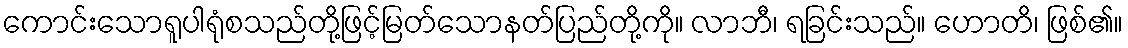
ကောင်းသောရူပါရုံစသည်တို့ဖြင့်မြတ်သောနတ်ပြည်တို့ကို။ လာဘီ၊ ရခြင်းသည်။ ဟောတိ၊ ဖြစ်၏။